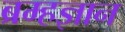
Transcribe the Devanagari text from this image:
ब्रम्हज्ञान